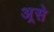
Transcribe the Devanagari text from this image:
अ्रसे